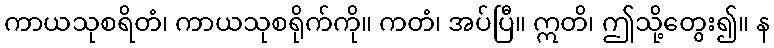
ကာယသုစရိတံ၊ ကာယသုစရိုက်ကို။ ကတံ၊ အပ်ပြီ။ ဣတိ၊ ဤသို့တွေး၍။ န